Annual administration and progress report of the Indian Medical Department, Bombay
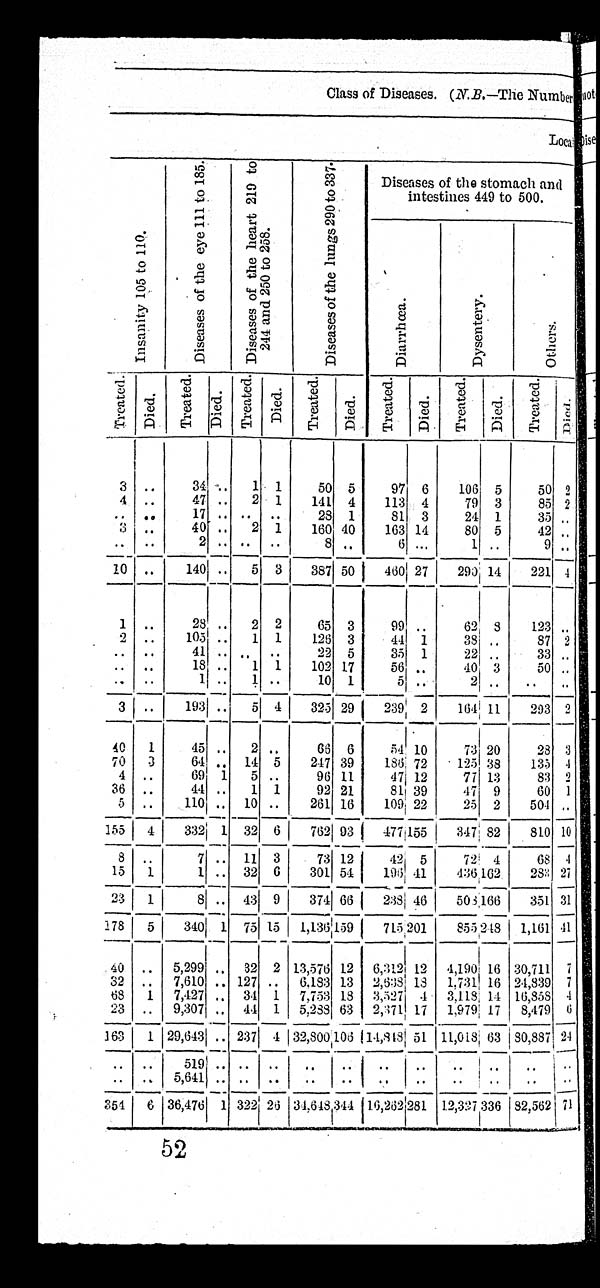
Class of Diseases. ( N.B. —The Number
Lo c a l
I n s a n i t y 1 0 5 t o 1 1 0 .
Di s e a s e s o f t h e e y e 1 1 1 t o 1 8 5 .
D i s e a s e s o f t h e h e a r t 2 1 9 t o
2 4 4 a n d 2 5 0 t o 2 5 8 .
D i s e a s e s o f t h e l u n g s 2 9 0 t o 3 3 7 .
Diseases of the stomach and
intestines 449 to 500.
D i a r r h œ a .
Dys e nt e r y.
Ot h e r s .
T r e a t e d .
D i e d .
T r e a t e d .
D i e d .
T r e a t e d .
D i e d .
T r e a t e d .
D i e d .
T r e a t e d .
D i e d .
T r e a t e d .
D i e d .
T r e a t e d .
D i e d .
3 ..
34 ..
1 1
50 5
97 6
106 5
50 2
4 ..
47 ..
2 1
141 4
113 4
79 3
85 2
. .
. .
1 7
. .
. .
. .
28 1
81 3
24 1
35 . .
3
. .
40 ..
2 1
160 40
163 14
80 5
42 . .
. .
. .
2
. .
. .
. .
8 ..
6 ...
1 ..
9 . .
10 ..
140 ..
5 3
387 50
460 27
290 14
221
4
1 ..
28 ..
2 2
65 3
99 ..
62 8
123 . .
2 ..
105 ..
1 1
126 3
44 1
38
. .
87 2
. .
. .
4 1
. .
. .
. .
22 5
35 1
22
..
33 . .
..
..
18 ..
1 1
102 17
56 ..
40 3
50 . .
..
..
1 ..
1 ..
10 1
5
..
2
..
..
. .
3
. .
193 ..
5 4
325 29
239 2
164 11
293 2
40
1
45 ..
2 ..
66 6
54 10
73 20
28 3
70
3
64 .. 14 5
247 39
186 72
125 38
135
4
4
. .
69
1 5 ..
96 11
47 12
77 13
83 2
36 ..
44 ..
1 1
92 21
81 39
47 9
60 1
5
..
110 . . 10 ..
261 16
109 22
25 2
504 ..
155
4
332 1 32 6
762 93
477 155
347 82
810 10
8
..
7 .. 11 3
73 12
42 5
72 4
68
4
15
1
1 .. 32 6
301 54
196 41
436 162
283 27
23
1
8 ..
43
9
374 66
238 46
508 166
351 31
178
5
340 1 75 15 1,136 159
715201
855 248
1,161 41
40 .. 5,299 .. 32 2 13,576 12 6,312 12 4,190 16 30,711
7
32 .. 7,610 .. 127 .. 6,183 13 2,638 18 1,731 16 24,839 7
68
1 7,427 .. 34 1 7,753 18 3,527 4 3,118 14 16,858
4
23 .. 9,307 .. 44 1 5,288 63 2,371 17 1,979 17 8,479
6
163
1 29,643
. .
237 4 32,800 106 14,848 51 11,018 63 80,887 24
. .
. .
519 .. ..
..
..
..
..
..
..
. . ..
. .
.. .. 5,641 ..
. .
..
..
.. ..
. .
. .
. .
. .
. .
354
6 36,476 1 322 26 34,648 344 16,262 281 12,327 336 82,562 71
5 2